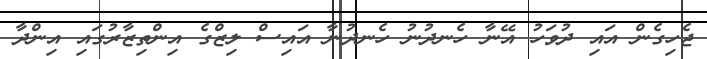
ޖެހިގެން އައި ދުވަހު އޭނާ ހެނދުނު ހެނދުނާ އައިސް ލިޒްގެ އިންތިޒާރުގައި އިންދާ